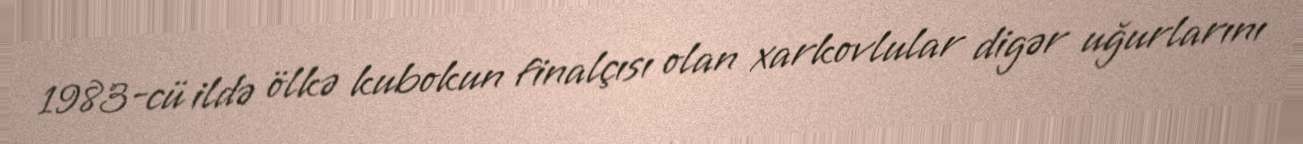
1983-cü ildə ölkə kubokun finalçısı olan xarkovlular digər uğurlarını